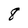
Character: 8